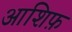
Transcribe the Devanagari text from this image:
आशिफ़